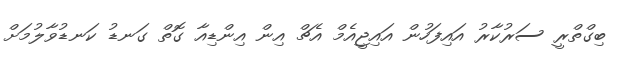
ބިގްތްރީ ސަރުކާރު އައިފަހުން އައިޖީއެމް އެޗް އިން އިންޑިއާ ގޮތް ގަނޑު ކަނޑުވާލުމަށް